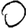
Digit: 0